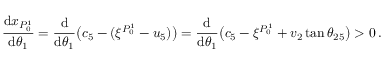
\frac { \mathrm { d } x _ { P _ { 0 } ^ { 1 } } } { \mathrm { d } \theta _ { 1 } } = \frac { \mathrm { d } } { \mathrm { d } \theta _ { 1 } } \big ( c _ { 5 } - ( \xi ^ { P _ { 0 } ^ { 1 } } - u _ { 5 } ) \big ) = \frac { \mathrm { d } } { \mathrm { d } \theta _ { 1 } } \big ( c _ { 5 } - \xi ^ { P _ { 0 } ^ { 1 } } + v _ { 2 } \tan \theta _ { 2 5 } \big ) > 0 \, .